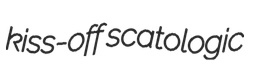
kiss-off scatologic